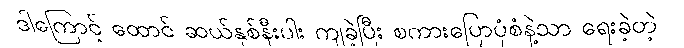
ဒါကြောင့် ထောင် ဆယ်နှစ်နီးပါး ကျခဲ့ပြီး စကားပြောပုံစံနဲ့သာ ရေးခဲ့တဲ့